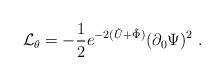
\begin{align*}{\cal{L}}_{\theta} = -{1 \over 2}e^{-2(\tilde{U}+\tilde{\Phi})} (\partial_0 \Psi)^2 \ .\end{align*}